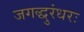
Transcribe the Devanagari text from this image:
जगद्धुरंधरः